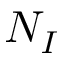
N _ { I }